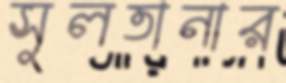
সুলতানার